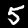
Digit: 5